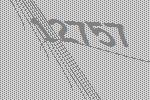
12757